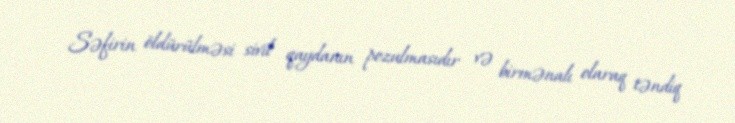
Səfirin öldürülməsi sivil qaydanın pozulmasıdır və birmənalı olaraq təndiq